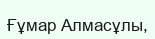
Ғұмар Алмасұлы,